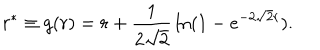
r ^ { * } \equiv g ( r ) = r + { \frac { 1 } { 2 \sqrt 2 } } \ln ( 1 - e ^ { - 2 \sqrt 2 r } ) .